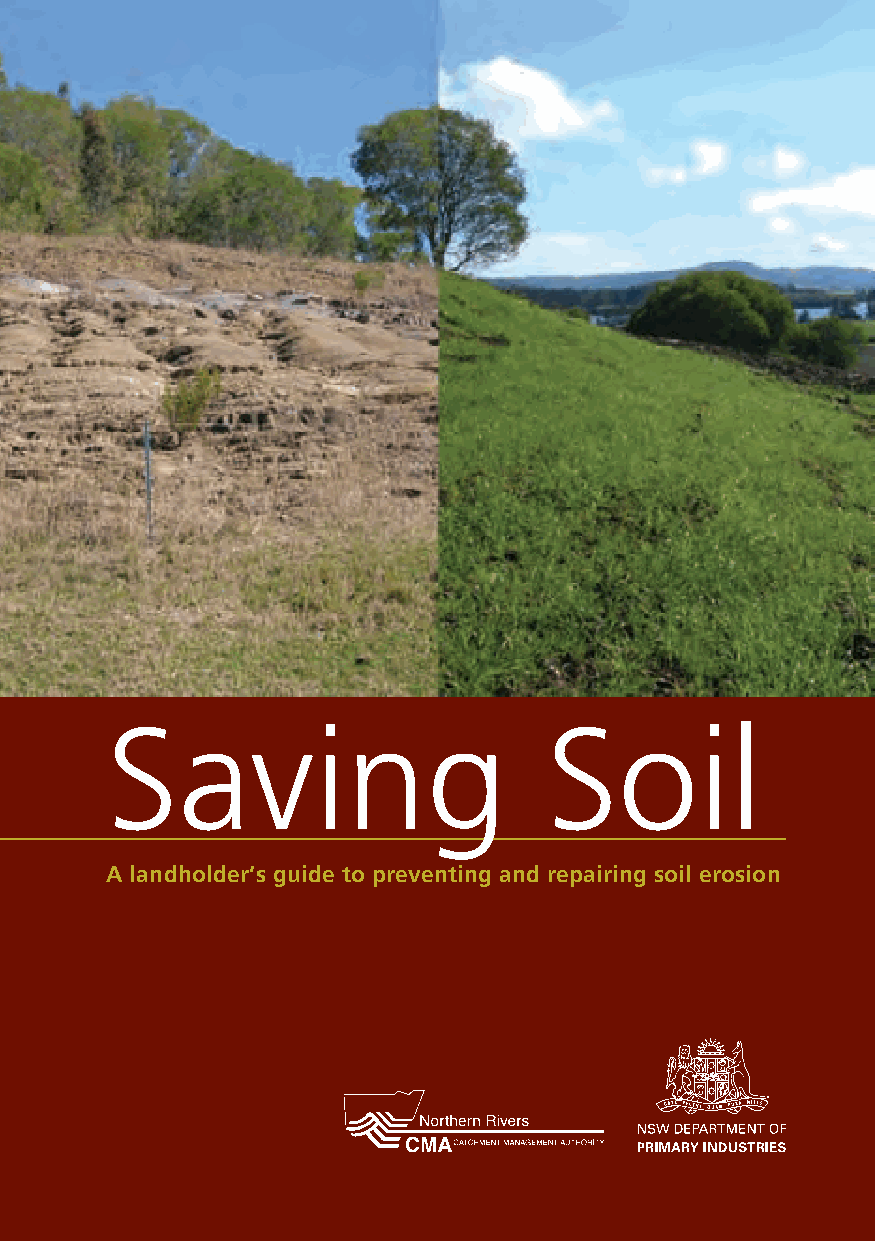
Saving                       Soil
 A landholder’s guide to preventing and repairing soil erosion